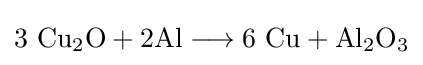
\mathrm {3\ Cu_{2}O+2Al\longrightarrow 6\ Cu+Al_{2}O_{3}}